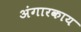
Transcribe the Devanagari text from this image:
अंगारकाय